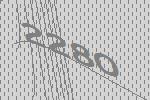
2280